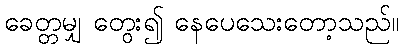
ခေတ္တမျှ တွေး၍ နေပေသေးတော့သည်။